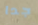
جدا